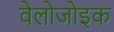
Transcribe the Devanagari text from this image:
वेलोजोइक